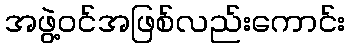
အဖွဲ့ဝင်အဖြစ်လည်းကောင်း